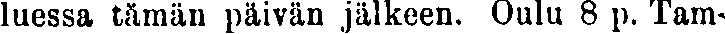
luessa tämän päivän jälkeen. Oulu 8 p. Tam-